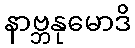
နာဗ္ဘနုမောဒိ